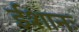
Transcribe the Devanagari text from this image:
ईशानः